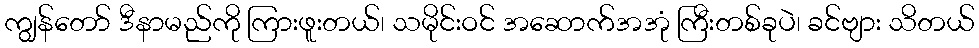
ကျွန်တော် ဒီနာမည်ကို ကြားဖူးတယ်၊ သမိုင်းဝင် အဆောက်အအုံ ကြီးတစ်ခုပဲ၊ ခင်ဗျား သိတယ်